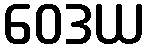
ဝေဒယ